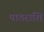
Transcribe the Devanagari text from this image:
पाठराशि